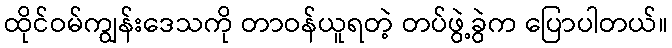
ထိုင်ဝမ်ကျွန်းဒေသကို တာဝန်ယူရတဲ့ တပ်ဖွဲ့ခွဲက ပြောပါတယ်။